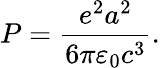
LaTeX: P={\frac{e^{2}a^{2}}{6\pi\varepsilon_{0}c^{3}}}.